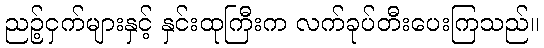
ညဉ့်ငှက်များနှင့် နှင်းထုကြီးက လက်ခုပ်တီးပေးကြသည်။